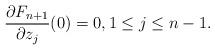
LaTeX: \begin{align*}\frac{\partial F_{n+1}}{\partial z_{j}}(0)=0, 1 \leq j \leq n-1.\end{align*}